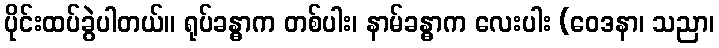
ပိုင်းထပ်ခွဲပါတယ်။ ရုပ်ခန္ဓာက တစ်ပါး၊ နာမ်ခန္ဓာက လေးပါး (ဝေဒနာ၊ သညာ၊